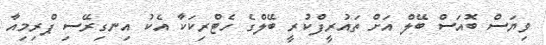
ވިޔަސް ބޮއަސް ބޭލް އަށް ތައުރީފްކުރީ ބޭލްގެ ހެޓްރިކަކާ އެކު އިނގިރޭސި ޕްރިމިއާ